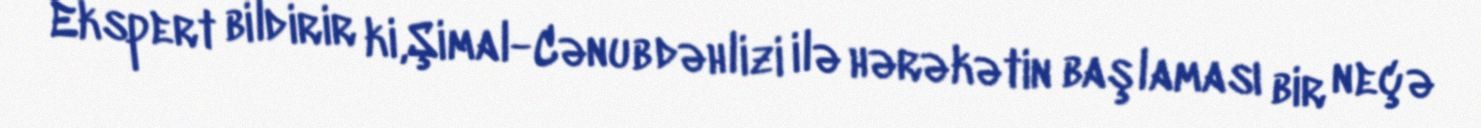
Ekspert bildirir ki,Şimal-Cənub dəhlizi ilə hərəkətin başlaması bir neçə